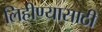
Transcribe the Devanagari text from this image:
लिहीण्यासाठी